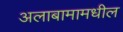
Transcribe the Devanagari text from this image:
अलाबामामधील